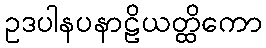
ဥဒပါနပနာဠိယတ္ထိကော